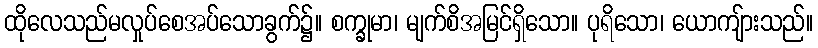
ထိုလေသည်မလှုပ်စေအပ်သောခွက်၌။ စက္ခုမာ၊ မျက်စိအမြင်ရှိသော။ ပုရိသော၊ ယောကျ်ားသည်။